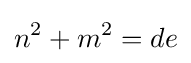
n^{2}+m^{2}=de